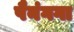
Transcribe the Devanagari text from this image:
पैनंगगा